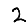
Digit: 2